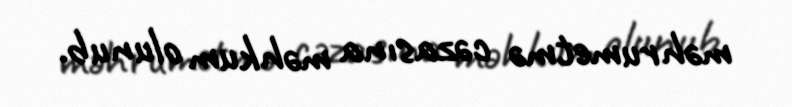
məhrumetmə cəzasına məhkum olunub.